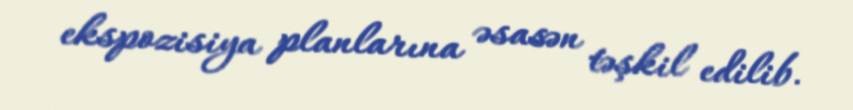
ekspozisiya planlarına əsasən təşkil edilib.